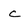
Character: c